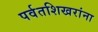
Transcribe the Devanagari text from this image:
पर्वतशिखरांना